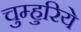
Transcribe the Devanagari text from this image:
चुम्हुरिये